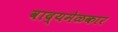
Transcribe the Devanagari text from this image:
वाद्यमेळकार